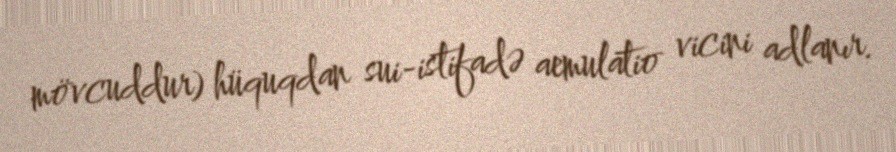
mövcuddur) hüquqdan sui-istifadə aemulatio vicini adlanır.